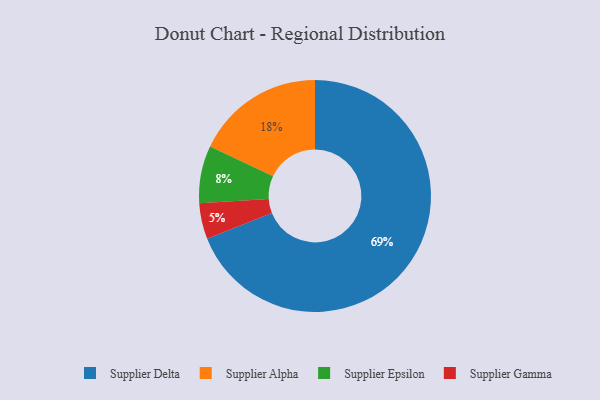
{"axis": {"x": "Category", "y": "Percentage"}, "legend": ["Supplier Alpha", "Supplier Delta", "Supplier Epsilon", "Supplier Gamma"], "data": [{"x": "Supplier Gamma", "y": 5, "type": "Supplier Gamma"}, {"x": "Supplier Delta", "y": 69, "type": "Supplier Delta"}, {"x": "Supplier Alpha", "y": 18, "type": "Supplier Alpha"}, {"x": "Supplier Epsilon", "y": 8, "type": "Supplier Epsilon"}]}